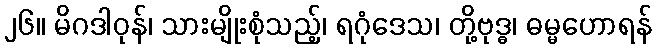
၂၆။ မိဂဒါဝုန်၊ သားမျိုးစုံသည့်၊ ရဂုံဒေသ၊ တို့ဗုဒ္ဓ၊ ဓမ္မဟောရန်